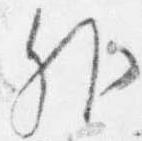
外